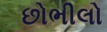
છોભીલો